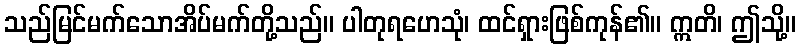
သည်မြင်မက်သောအိပ်မက်တို့သည်။ ပါတုရဟေသုံ၊ ထင်ရှားဖြစ်ကုန်၏။ ဣတိ၊ ဤသို့။